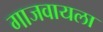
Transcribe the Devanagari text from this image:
गाजवायला